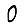
Digit: 0